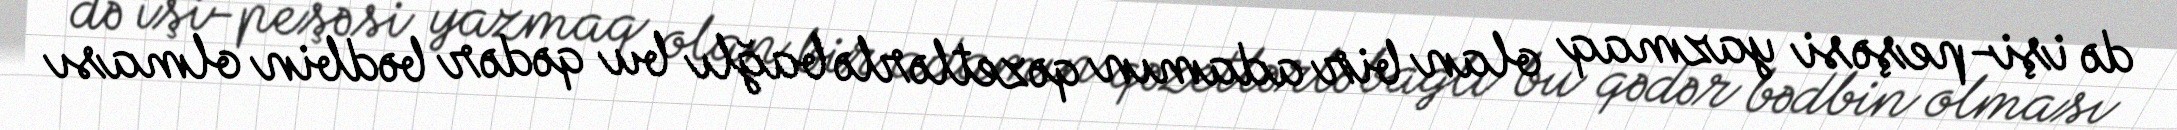
də işi-peşəsi yazmaq olan bir adamın qəzetlərlə bağlı bu qədər bədbin olması